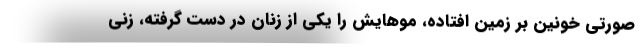
صورتي خونين بر زمين افتاده، موهايش را يكي از زنان در دست گرفته، زني